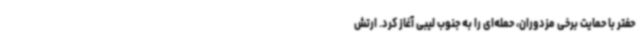
حفتر با حمایت برخی مزدوران، حمله‌ای را به جنوب لیبی آغاز کرد. ارتش